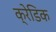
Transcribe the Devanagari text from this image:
क्रेडिक